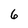
Character: 6